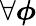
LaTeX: \forall\boldsymbol\phi